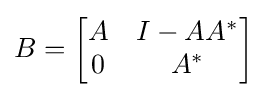
B={\begin{bmatrix}A&I-AA^{*}\\0&A^{*}\end{bmatrix}}